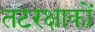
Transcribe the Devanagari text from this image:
तटरक्षाकों